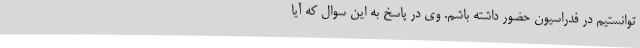
توانستیم در فدراسیون حضور داشته باشم. وی در پاسخ به این سوال که آیا